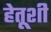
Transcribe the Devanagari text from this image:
हेतूशी